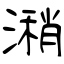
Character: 潲